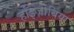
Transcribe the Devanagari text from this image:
र्हाइज़ोबिया